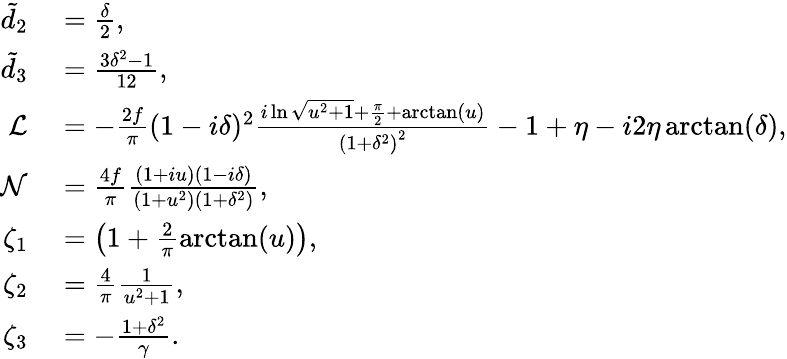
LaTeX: \begin{array}{rl}{\tilde{d}_{2}}&{{}=\frac{\delta}{2},}\\ {\tilde{d}_{3}}&{{}=\frac{3\delta^{2}-1}{12},}\\ {\mathcal{L}}&{{}=-\frac{2f}{\pi}(1-i\delta)^{2}\frac{i\ln\sqrt{u^{2}+1}+\frac{\pi}{2}+\arctan(u)}{\left(1+\delta^{2}\right)^{2}}-1+\eta-i2\eta\arctan(\delta),}\\ {\mathcal{N}}&{{}=\frac{4f}{\pi}\frac{(1+iu)(1-i\delta)}{(1+u^{2})(1+\delta^{2})},}\\ {\zeta_{1}}&{{}=\left(1+\frac{2}{\pi}\arctan(u)\right),}\\ {\zeta_{2}}&{{}=\frac{4}{\pi}\frac{1}{u^{2}+1},}\\ {\zeta_{3}}&{{}=-\frac{1+\delta^{2}}{\gamma}.}\end{array}